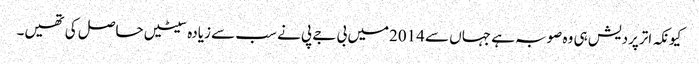
کیونکہ اترپردیش ہی وہ صوبہ ہے جہاں سے 2014میں بی جے پی نے سب سے زیادہ سیٹیں حاصل کی تھیں۔